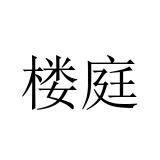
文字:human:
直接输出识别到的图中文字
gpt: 楼庭